Plague in India, 1896, 1897 - Volume 1
Year: 1896
Disease focus: Plague
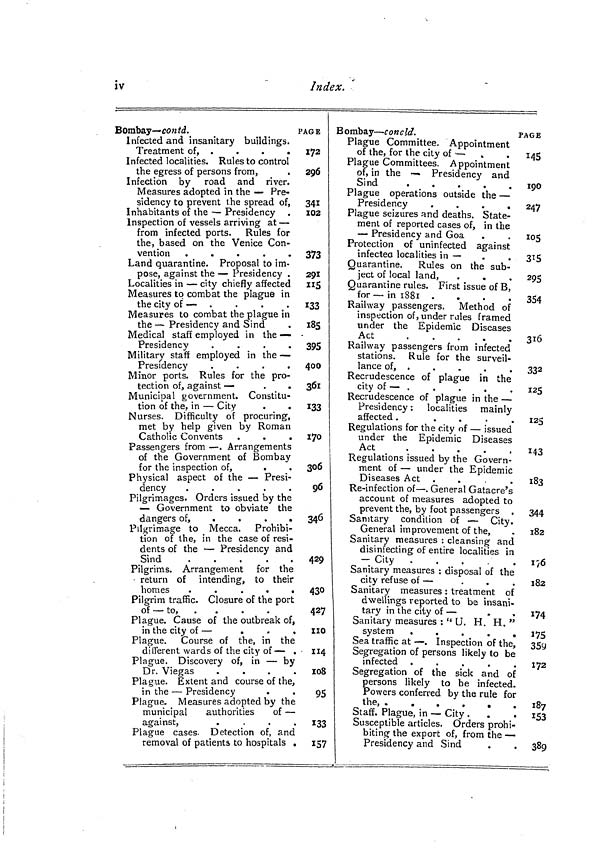
iv
Index.
Bombay— co ntd.
Infected and insanitary buildings.
Treatment of, .
Infected localities. Rules to control
the egress of persons from,
Infection by road and river.
Measures adopted in the — Pre-
sidency to prevent the spread of,
Inhabitants of the — Presidency
Inspection of vessels arriving at —
from infected ports. Rules for
the, based on the Venice Con-
vention .
.
.
.
.
Land quarantine. Proposal to im-
pose, against the — Presidency .
Localities in — city chiefly affected
Measures to combat the plague in
the city of —
Measures to combat the plague in
the — Presidency and Sind
Medical staff employed in the —
Presidency
.
.
.
.
Military staff employed in the —
Presidency
.
.
.
.
Minor ports. Rules for the pro-
tection of, against —
.
.
Municipal government. Constitu-
tion of the, in — City
.
.
Nurses. Difficulty of procuring,
met by help given by Roman
Catholic Convents
Passengers from — . Arrangements
of the Government of Bombay
for the inspection of,
.
Physical aspect of the — Presi-
dency
.
.
.
.
.
Pilgrimages. Orders issued by the
— Government to obviate the
dangers of,
....
Pilgrimage to Mecca. Prohibi-
tion of the, in the case of resi-
dents of the — Presidency and
Sind
.
.
.
.
.
Pilgrims. Arrangement for the
return of intending, to their
homes
.
.
Pilgrim traffic. Closure of the port
of — to, .
Plague. Cause of the outbreak of,
in the city of —
.
,
.
Plague. Course of the, in the
di lièrent wards of the city of — .
Plague. Discovery of, in — by
Dr. Viegas
.
Plague. Extent and course of the,
in the — Presidency
Plague. Measures adopted by the
municipal
authorities
of —
against,
.
Plague cases. Detection of, and
removal of patients to hospitals .
PAGE
172
296
341
102
373
291
115
133
185
395
400
361
133
170
306
96
346
429
430
427
no
114
108
95
133
157
Bombay — concld.
Plague Committee. Appointment
of the, for the city of — •
.
Plague Committees. Appointment
of, in the — Presidency and
Sind
.
.
Plague operations outside the —
Presidency
.
.
.
.
Plague seizures and deaths. State-
ment of reported cases of, in the
— Presidency and Goa
Protection of uninfected against
infected localities in —
Quarantine.
Rules on the sub-
ject of local land,
.
.
Quarantine rules. First issue of B,
for — in 1881 .
.
.
.
Railway passengers. Method of
inspection of, under rales framed
under the Epidemic Diseases
Act
Railway passengers from infected
stations. Rule for the surveil-
lance of, .
Recrudescence of plague in the
city of —
Recrudescence of plague in the —
Presidency : localities mainly
affected .
.
.
.
.
Regulations for the city of — issued
under the Epidemic Diseases
Act
Regulations issued by the Govern-
ment of — under the Epidemic
Diseases Act .
.
.
.
Re-infection of — . General Gatacre's
account of measures adopted to
prevent the, by foot passengers
Sanitary condition of — City.
General improvement of the,
Sanitary measures : cleansing and
disinfecting of entire localities in
— City
.
Sanitary measures : disposal of the
city refuse of —
Sanitary measures : treatment of
dwellings reported to be insani-
tary in the city of —
Sanitary measures : " U. H. H. "
system
.
.
.
.
.
Sea traffic at — . Inspection of the,
Segregation of persons likely to be
infected .
Segregation of the sick and of
persons likely to be infected.
Powers conferred by the rule for
the, .
.
.
.
.
.
Staff. Plague, in — City . .
.
Susceptible articles. Orders prohi-
biting the export of, from the —
Presidency and Sind
PAGE
145
T90
190
247
105
315
29 5
354
3l6
332
•JO 1 **
125
125
143
l83 **-*»J
344
182
176
182
174
I75
359
172
187
153
389